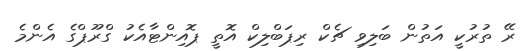
ރޭ ތުރުކީ އަތުން ބަލިވި ޗެކް ރިޕަބްލިކް އޮތީ ޕޮއިންޓާއެކު ގްރޫޕްގެ އެންމެ